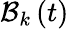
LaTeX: \mathcal{B}_{k}\left(t\right)